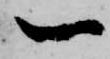
一